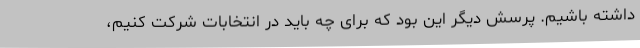
داشته باشیم. پرسش دیگر این بود که برای چه باید در انتخابات شرکت کنیم،